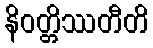
နိဝတ္တိဿတီတိ